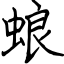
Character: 蜋